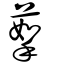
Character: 蒘